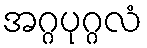
အဂ္ဂပုဂ္ဂလံ